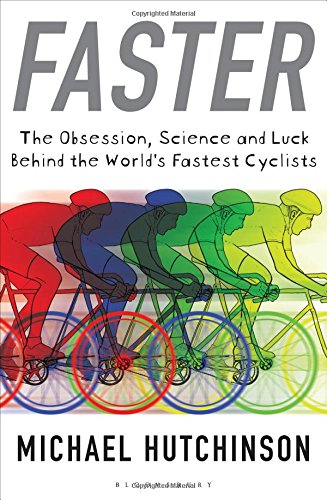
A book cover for Faster: The Obsession, Science and Luck Behind the World's Fastest Cyclists; Michael Hutchinson; Sports & Outdoors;